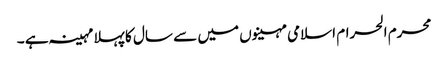
محرم الحرام اسلامی مہینوں میں سے سال کا پہلا مہینہ ہے ۔